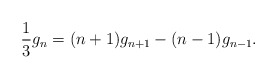
\begin{align*}{1 \over 3} g_n =(n+1) g_{n+1}-(n-1) g_{n-1}.\end{align*}